Lunatic asylums Bombay report 1891-1903 - 1891-1903
Year: 1891
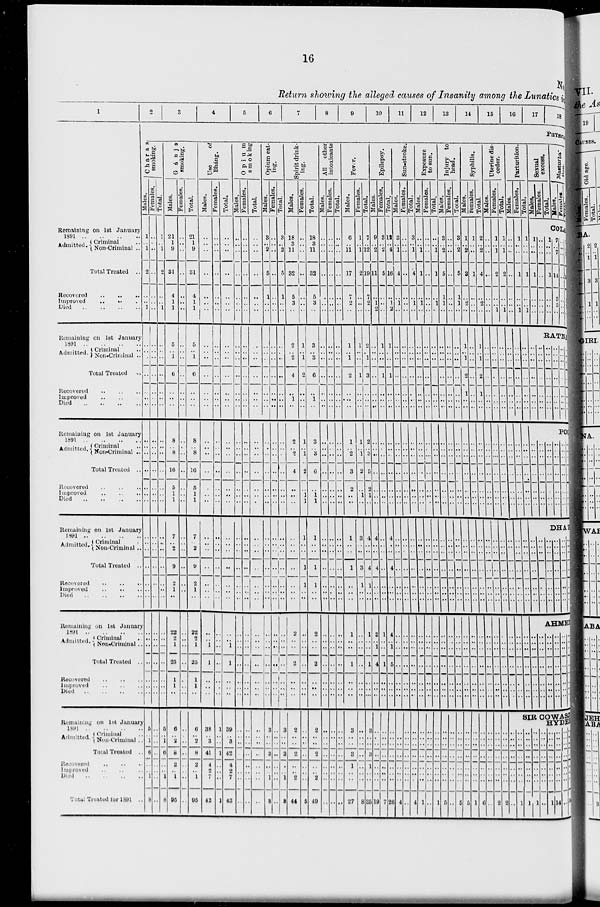
16
No.
Return showing the alleged causes of Insanity among the Lunatics in
1
Remaining on 1st January
1891
..
..
..
..
Admitted.
Criminal ..
Non-Criminal ..
Total Treated ..
Recovered
..
..
..
Improved
.. .. ..
Died
..
..
..
..
2
3
4
5
6
7
8
9
10
11
12
13
14
15
16
17
18
PHYSICAL
Charas
smoking.
Males.
1
..
1
2
..
..
1
Females.
..
..
..
..
..
..
..
Total.
1
..
1
2
..
..
1
Gánja
smoking.
Males.
21
1
9
31
4
1
1
Females.
..
..
..
..
..
..
..
Total.
21
1
9
31
4
1
1
Use
of
Bháng.
Males.
..
..
..
..
..
..
..
Females.
..
..
..
..
..
..
..
Total.
..
..
..
..
..
..
..
Opium
smoking.
Males.
..
..
..
..
..
..
..
Females.
..
..
..
..
..
..
..
Total.
..
..
..
..
..
..
..
Opium eat-
ing.
Males.
3
.. 2
5
1
..
..
Females.
..
..
..
..
..
..
..
Total.
3
.. 2
5
1
..
..
Spirit drink-
ing.
Males.
18
3
11
32
5
3
..
Females.
..
..
..
..
..
..
..
Total.
18
3
11
32
5
3
..
All other
intoxicants.
Males.
..
..
..
..
..
..
..
Females.
..
..
..
..
..
..
..
Total.
..
..
..
..
..
..
..
Fever.
Males.
6
..
11
17
7
2
..
Females.
1
.. 1
2
..
..
..
Total.
7
..
12
19
7
2
..
Epilepsy.
Males.
9
..
2
11
..
1
2
Females.
3
..
2
5
..
..
..
Total.
12
..
4
16
..
1
2
Sun-stroke.
Males.
3
.. 1
4
..
1
..
Females.
..
..
..
..
..
..
..
Total.
3
..
1
4
..
1
..
Exposure
to sun.
Males.
..
..
1
1
..
1
..
Females.
..
..
..
..
..
..
..
Total.
..
..
1
1
..
1
..
Injury to
head.
Males.
3
..
2
5
1
1
..
Females.
..
..
..
..
..
..
..
Total.
3
..
2
5
1
1
..
Syphilis.
Males.
1
.. 2
3
..
2
..
Females.
1
..
..
1
..
..
..
Total.
2
..
2
4
..
2
..
Uterine dis-
order.
Males.
..
..
..
..
..
..
..
Females.
1
..
1
2
..
..
1
Total.
1
..
1
2
..
..
1
Parturition.
Males.
..
..
..
..
..
..
..
Females.
1
..
..
1
..
..
1
Total.
1
..
..
1
..
..
1
Sexual
excess.
Males.
Females.
Total.
Masturba-
tion.
Males.
Females.
Total.
COLA
1
..
..
1
..
..
..
..
..
..
..
..
..
..
1
..
..
1
..
..
..
7
..
7
14
3
5
..
..
..
..
..
..
..
..
7
..
7
14
3
5
..
Remaining on 1st January
1891
..
..
..
..
Admitted. Criminal ..
Non-Criminal ..
Total Treated
..
Recovered
..
..
..
Improved .. .. ..
Died
..
..
..
..
..
..
..
..
..
..
..
..
..
..
..
..
..
..
..
..
..
..
..
..
..
5
..
1
6
..
..
..
..
..
..
..
..
..
..
5
..
1
6
..
..
..
..
..
..
..
..
..
..
..
..
..
..
..
..
..
..
..
..
..
..
..
..
..
..
..
..
..
..
..
..
..
..
..
..
..
..
..
..
..
..
..
..
..
..
..
..
..
..
..
..
..
..
..
..
..
..
..
..
..
..
..
..
..
..
2
..
2
4
..
1
..
1
..
1
2
..
..
..
3
..
3
6
..
1
..
..
..
..
..
..
..
..
..
..
..
..
..
..
..
..
..
..
..
..
..
..
1
..
1
2
..
..
..
1
..
..
1
..
..
..
2
..
1
3
..
..
..
..
..
..
..
..
..
..
1
..
..
1
..
..
..
1
..
..
1
..
..
..
..
..
..
..
..
..
..
..
..
..
..
..
..
..
..
..
..
..
..
..
..
..
..
..
..
..
..
..
..
..
..
..
..
..
..
..
..
..
..
..
..
..
..
..
..
..
..
..
..
..
..
..
..
..
..
..
..
..
..
..
..
..
..
1
.. 1
2
1
..
..
..
..
..
..
..
..
..
1
..
1
2
1
..
..
..
..
..
..
..
..
..
..
..
..
..
..
..
..
..
..
..
..
..
..
..
..
..
..
..
..
..
..
..
..
..
..
..
..
..
..
..
..
..
..
..
..
RATNA
..
..
..
..
..
..
..
..
..
..
..
..
..
..
..
..
..
..
..
..
..
..
..
..
..
..
..
..
..
..
..
..
..
..
..
..
..
..
..
..
..
Remaining on 1st January
1891
..
..
..
..
Admitted. Criminal ..
Non-Criminal ..
Total Treated ..
Recovered
..
..
..
Improved .. .. ..
Died
..
..
..
..
..
..
..
..
..
..
..
..
..
..
..
..
..
..
..
..
..
..
..
..
..
8
..
8
16
5
1
1
..
..
..
..
..
..
..
8
..
8
16
5
1
1
..
..
..
..
..
..
..
..
..
..
..
..
..
..
..
..
..
..
..
..
..
..
..
..
..
..
..
..
..
..
..
..
..
..
..
..
..
..
..
..
..
..
..
..
..
..
..
..
..
..
..
..
..
..
..
..
..
..
..
..
..
..
2
..
2
4
..
..
..
1
..
1
2
..
1
1
3
..
3
6
..
1
1
..
..
..
..
..
..
..
..
..
..
..
..
..
..
..
..
..
..
..
..
..
1
..
2
3
2
..
..
1
..
1
2
..
1
..
2
..
3
5
2
1
..
..
..
..
..
..
..
..
..
..
..
..
..
..
..
..
..
..
..
..
..
..
..
..
..
..
..
..
..
..
..
..
..
..
..
..
..
..
..
..
..
..
..
..
..
..
..
..
..
..
..
..
..
..
..
..
..
..
..
..
..
..
..
..
..
..
..
..
..
..
..
..
..
..
..
..
..
..
..
..
..
..
..
..
..
..
..
..
..
..
..
..
..
..
..
..
..
..
..
..
..
..
..
..
..
..
..
..
..
..
..
..
..
..
..
..
..
..
..
..
..
..
..
..
..
..
..
..
..
..
.. ..
..
..
..
..
..
..
..
..
..
..
..
..
..
..
..
..
POO
..
..
..
..
..
..
..
..
..
..
..
..
..
..
..
..
..
..
..
..
..
..
..
..
..
..
..
..
..
..
..
..
..
..
..
..
..
..
..
..
..
..
Remaining on 1st January
1891
..
..
..
..
Admitted.
Criminal ..
Non-Criminal ..
Total Treated ..
Recovered
..
..
..
Improved
..
..
..
Died
..
..
..
..
..
..
..
..
..
..
..
..
..
..
..
..
..
..
..
..
..
..
..
..
..
7
..
2
9
2
1
..
..
..
..
..
..
..
..
7
..
2
9
2
1
..
..
..
..
..
..
..
..
..
..
..
..
..
..
..
..
..
..
..
..
..
..
..
..
..
..
..
..
..
..
..
..
..
..
..
..
..
..
..
..
..
..
..
..
..
..
..
..
..
..
..
..
..
..
..
..
..
..
..
..
..
..
..
..
..
..
..
..
..
..
..
1
..
..
1
1
..
..
1
..
..
1
1
..
..
..
..
..
..
..
..
..
..
..
..
..
..
..
..
..
..
..
..
..
..
..
1
..
..
1
..
..
..
3
..
..
3
1
..
..
4
..
..
4
1
..
..
4
..
..
4
..
..
..
..
..
..
..
..
..
..
4
..
..
4
..
..
..
..
..
..
..
..
..
..
..
..
..
..
..
..
..
..
..
..
..
..
..
..
..
..
..
..
..
..
..
..
..
..
..
..
..
..
..
..
..
..
..
..
..
..
..
..
..
..
..
..
..
..
..
..
..
..
..
..
..
..
..
..
..
..
..
..
..
..
..
..
..
..
..
..
..
..
..
..
..
..
..
..
..
..
..
..
..
..
..
..
..
..
..
..
..
..
..
..
..
..
..
..
..
..
..
..
..
..
..
..
..
..
..
..
..
..
..
..
..
..
..
..
..
..
..
..
..
DHAR
..
..
..
..
..
..
..
..
..
..
..
..
..
..
..
..
..
..
..
..
..
..
..
..
..
..
..
..
..
..
..
..
..
..
..
..
..
..
..
..
..
..
Remaining on 1st January
1891 .. .. .. ..
Admitted.
Criminal ..
Non-Criminal ..
Total Treated ..
Recovered .. .. ..
Improved .. .. ..
Died
..
..
..
..
..
..
..
..
..
..
..
..
..
..
..
..
..
..
..
..
..
..
..
..
..
22
2
1
25
1
1
..
..
..
..
..
..
..
..
22
2
1
25
1
1
..
..
..
1
1
..
..
..
..
..
..
..
..
..
..
..
..
1
1
..
..
..
..
..
..
..
..
..
..
..
..
..
..
..
..
..
..
..
..
..
..
..
..
..
..
..
..
..
..
..
..
..
..
..
..
..
..
..
..
..
..
..
..
..
2
..
..
2
..
..
..
..
..
..
..
..
..
..
2
..
..
2
..
..
..
..
..
..
..
..
..
..
..
..
..
..
..
..
..
..
..
..
..
..
..
..
1
..
..
1
..
..
..
..
..
..
..
..
..
..
1
..
..
1
..
..
..
3
..
1
4
..
..
..
1
..
..
1
..
..
..
4
..
1
5
..
..
..
..
..
..
..
..
..
..
..
..
..
..
..
..
..
..
..
..
..
..
..
..
..
..
..
..
..
..
..
..
..
..
..
..
..
..
..
..
..
..
..
..
..
..
..
..
..
..
..
..
..
..
..
..
..
..
..
..
..
..
..
..
..
..
..
..
..
..
..
..
..
..
..
..
..
..
..
..
..
..
..
..
..
..
..
..
..
..
..
..
..
..
..
..
..
..
..
..
..
..
..
..
..
..
..
..
..
..
..
..
..
..
..
..
..
..
..
..
..
..
..
..
..
..
..
..
..
ABMED
..
..
..
..
..
..
..
..
..
..
..
..
..
..
..
..
..
..
..
..
..
..
..
..
..
..
..
..
..
..
..
..
..
..
..
..
..
..
..
..
..
..
Remaining on 1st January
1891 .. .. .. ..
Admitted. Criminal ..
Non-Criminal ..
Total Treated ..
Recovered .. .. ..
Improved .. .. ..
Died
..
..
..
..
Total Treated for 1891 ..
5
..
1
6
..
..
1
8
..
..
..
..
..
..
..
..
5
..
1
6
..
..
1
8
6
..
2
8
2
..
1
95
..
..
..
..
..
..
..
..
6
..
2
8
2
..
1
95
38
..
3
41
4
2
7
42
1
..
..
1
..
..
..
1
39
..
3
42
4
2
7
43
..
..
..
..
..
..
..
..
..
..
..
..
..
..
..
..
..
..
..
..
..
..
..
..
3
..
..
3
..
..
1
8
..
..
..
..
..
..
..
..
3
..
..
3
..
..
1
8
2
..
..
2
..
..
2
44
..
..
..
..
..
..
..
5
2
..
..
2
..
..
2
49
..
..
..
..
..
..
..
..
..
..
..
..
..
..
..
..
..
..
..
..
..
..
..
..
3
..
..
3
1
..
..
27
..
..
..
..
..
..
..
8
3
..
..
3
1
..
..
35
..
..
..
..
..
..
..
19
..
..
..
..
..
..
..
7
..
..
..
..
..
..
..
26
..
..
..
..
..
..
..
4
..
..
..
..
..
..
..
..
..
..
..
..
..
..
..
4
..
..
..
..
..
..
..
1
..
..
..
..
..
..
..
..
..
..
..
..
..
..
..
1
..
..
..
..
..
..
..
5
..
..
..
..
..
..
..
..
..
..
..
..
..
..
..
5
..
..
..
..
..
..
..
5
..
..
..
..
..
..
..
1
..
..
..
..
..
..
..
6
..
..
..
..
..
..
..
..
..
..
..
..
..
..
..
2
..
..
..
..
..
..
..
2
SIR COWASJI
HYDER
..
..
..
..
..
..
..
..
..
..
..
..
..
..
..
1
..
..
..
..
..
..
..
1
..
..
..
..
..
..
..
1
..
..
..
..
..
..
..
..
..
..
..
..
..
..
..
1
..
..
..
..
..
..
..
14
..
..
..
..
..
..
..
..
..
..
..
..
..
..
..
14